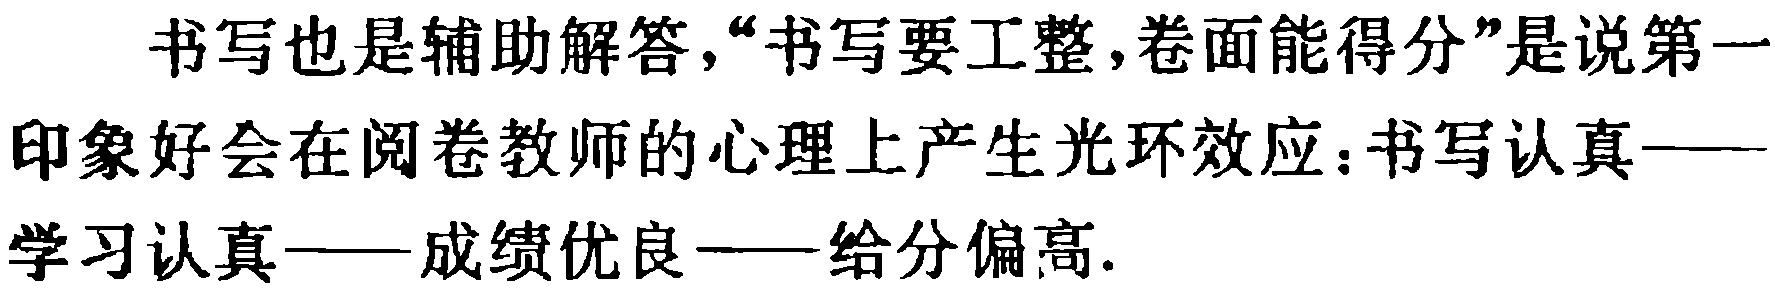
书写也是辅助解答,“书写要工整,卷面能得分”是说第一印象好会在阅卷教师的心理上产生光环效应：书写认真——学习认真——成绩优良——给分偏高.